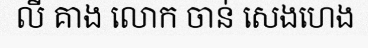
លី គាង លោក ចាន់ សេងហេង